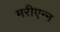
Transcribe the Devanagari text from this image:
मरीएन्न